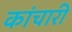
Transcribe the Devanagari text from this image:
कांचारी